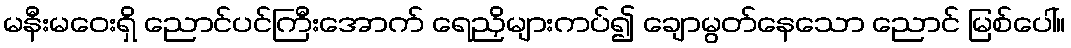
မနီးမဝေးရှိ ညောင်ပင်ကြီးအောက် ရေညှိများကပ်၍ ချောမွတ်နေသော ညောင် မြစ်ပေါ်။